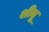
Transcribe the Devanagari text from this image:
शीबू